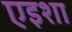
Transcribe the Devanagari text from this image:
एइशा